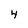
Character: 4